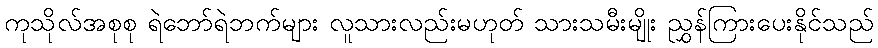
ကုသိုလ်အစုစု ရဲဘော်ရဲဘက်များ လူသားလည်းမဟုတ် သားသမီးမျိုး ညွှန်ကြားပေးနိုင်သည်